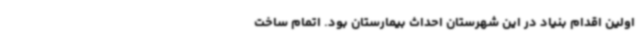
اولین اقدام بنیاد در این شهرستان احداث بیمارستان بود. اتمام ساخت